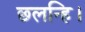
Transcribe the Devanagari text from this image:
छलन्हि।